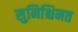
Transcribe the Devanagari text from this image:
सुनिश्चिनत